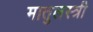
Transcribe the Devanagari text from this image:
मातुलस्त्री